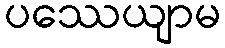
ပဿေယျာမ